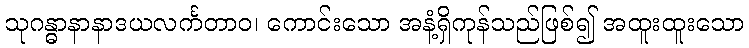
သုဂန္ဓာနာနာဒယလင်္ကတာဝ၊ ကောင်းသော အနံ့ရှိကုန်သည်ဖြစ်၍ အထူးထူးသော